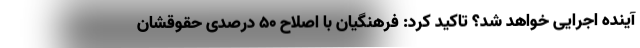
آینده اجرایی خواهد شد؟ تاکید کرد: فرهنگیان با اصلاح ۵۰ درصدی حقوقشان